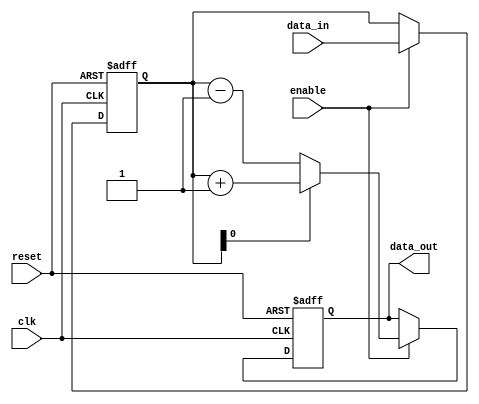
module falling_edge_trigger (
    input wire clk,          // Clock signal
    input wire reset,        // Asynchronous reset signal
    input wire enable,       // Enable signal for operations
    input wire [3:0] data_in,// Input data
    output reg [3:0] data_out // Output data
);

    // Internal state variable
    reg [3:0] state;

    // Always block sensitive to the falling edge of the clock
    always @(negedge clk or posedge reset) begin
        if (reset) begin
            // Asynchronous reset
            state <= 4'b0000; // Reset state
            data_out <= 4'b0000; // Reset output
        end else if (enable) begin
            // Perform operations on falling edge
            state <= data_in; // Update state with input data
            // Example conditional check
            if (state[0] == 1'b1) begin
                data_out <= state + 1; // Increment output if LSB is 1
            end else begin
                data_out <= state - 1; // Decrement output if LSB is 0
            end
        end
    end

endmodule